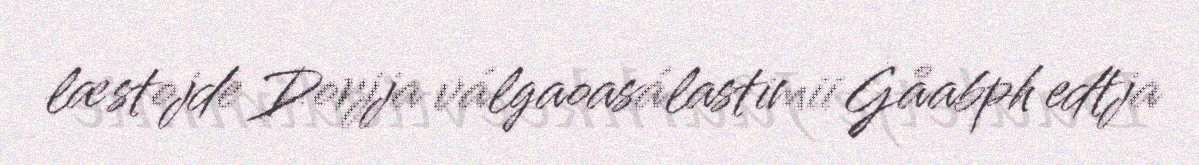
læstojde Dorjja válgaoasálastimii Gåabph edtja